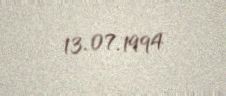
13.07.1994